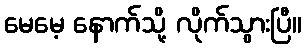
မေမေ့ နောက်သို့ လိုက်သွားပြီ။